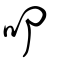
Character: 叩